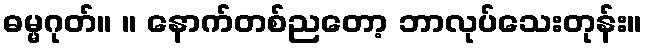
ဓမ္မဂုတ်။ ။ နောက်တစ်ညတော့ ဘာလုပ်သေးတုန်း။